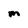
Character: M